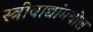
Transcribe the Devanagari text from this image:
स्त्रीवाद्यांमधील